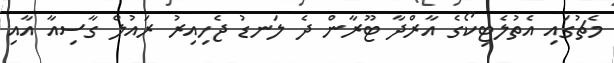
މެޗުގައި އެތުލެޓިކޯގެ އާރްދާ ޓޫރާން ދެ ލަނޑު ޖެހިއިރު ރައުލް ގާސިއާ އާއި